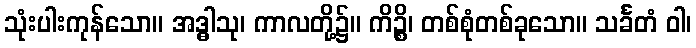
သုံးပါးကုန်သော။ အဒ္ဓါသု၊ ကာလတို့၌။ ကိဉ္စိ၊ တစ်စုံတစ်ခုသော။ သင်္ခတံ ဝါ၊